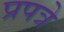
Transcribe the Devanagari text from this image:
प्रपत्रे